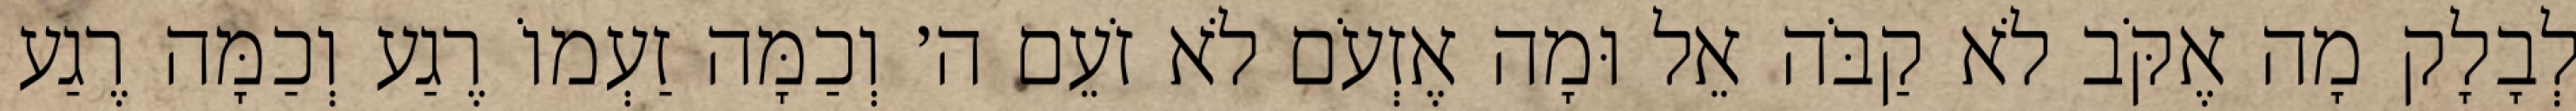
לְבָלָק מָה אֶקֹּב לֹא קַבֹּה אֵל וּמָה אֶזְעֹם לֹא זֹעֵם ה׳ וְכַמָּה זַעְמוֹ רֶגַע וְכַמָּה רֶגַע